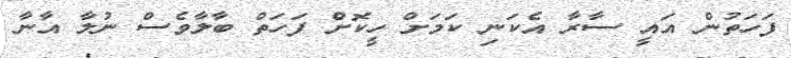
ފަހަތުން އައީ ސާރާ އެކަނި ކަމަށް ހީކޮށް ފަހަތް ބާލާވެސް ނުލާ އާނާ